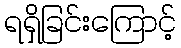
ရရှိခြင်းကြောင့်